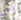
أنني